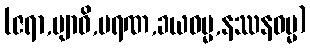
(ဇရာ,ဗျာဓိ,မရဏ,ခယဓမ္မ,နဿနဓမ္မ)